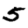
Digit: 5